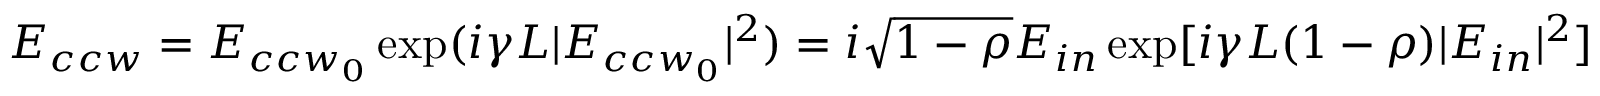
E _ { c c w } = E _ { { c c w } _ { 0 } } \exp ( i \gamma L | E _ { { c c w } _ { 0 } } | ^ { 2 } ) = i \sqrt { 1 - \rho } E _ { i n } \exp [ i \gamma L ( 1 - \rho ) | E _ { i n } | ^ { 2 } ]